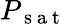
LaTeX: P_{\mathrm{~s~a~t~}}